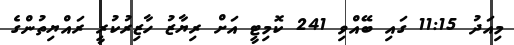
މިއަދު 11:15 ގައި ބޭއްވި 241 ކޮމިޓީ އަށް ރިޔާޒު ހާޒިރުކުރީ ރައްޔިތުންގެ